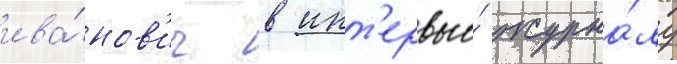
ива́нов'ич в инт'ервью́ журна́лу